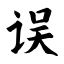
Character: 误